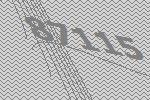
87115